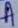
Text: A